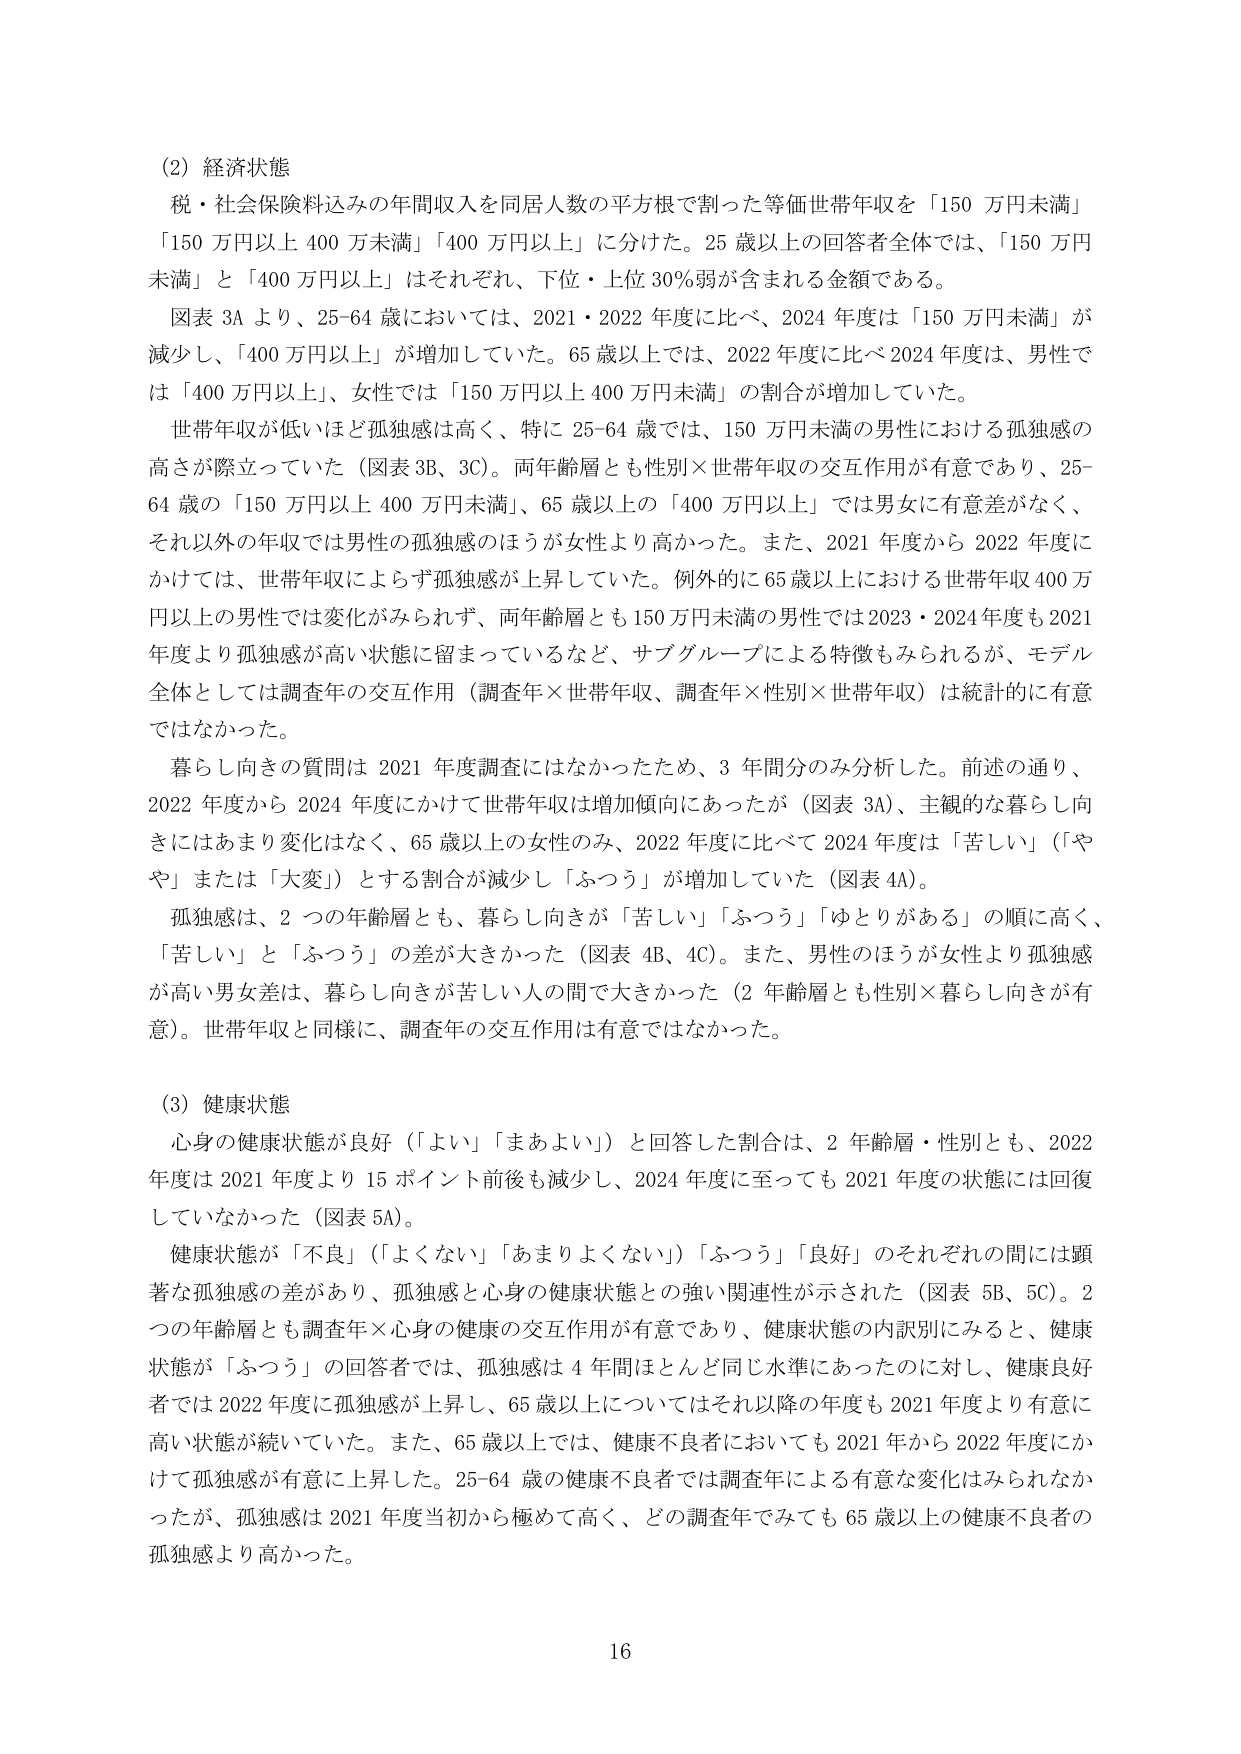
(2) 経済状態
税・社会保険料込みの年間収入を同居人数の平方根で割った等価世帯年収を「150 万円未満」「150 万円以上 400 万未満」「400 万円以上」に分けた。25 歳以上の回答者全体では、「150 万円未満」と「400 万円以上」はそれぞれ、下位・上位 30%弱が含まれる金額である。
図表 3A より、25-64 歳においては、2021・2022 年度に比べ、2024 年度は「150 万円未満」が減少し、「400 万円以上」が増加していた。65 歳以上では、2022 年度に比べ 2024 年度は、男性では「400 万円以上」、女性では「150 万円以上 400 万円未満」の割合が増加していた。
世帯年収が低いほど孤独感は高く、特に 25-64 歳では、150 万円未満の男性における孤独感の高さが際立っていた（図表 3B、3C）。両年齢層とも性別×世帯年収の交互作用が有意であり、25-64 歳の「150 万円以上 400 万円未満」、65 歳以上の「400 万円以上」では男女に有意差がなく、それ以外の年収では男性の孤独感のほうが女性より高かった。また、2021 年度から 2022 年度にかけては、世帯年収によらず孤独感が上昇していた。例外的に 65 歳以上における世帯年収 400 万円以上の男性では変化がみられず、両年齢層とも 150 万円未満の男性では 2023・2024 年度も 2021 年度より孤独感が高い状態に留まっているなど、サブグループによる特徴もみられるが、モデル全体としては調査年の交互作用（調査年×世帯年収、調査年×性別×世帯年収）は統計的に有意ではなかった。
暮らし向きの質問は 2021 年度調査にはなかったため、3 年間分のみ分析した。前述の通り、2022 年度から 2024 年度にかけて世帯年収は増加傾向にあったが（図表 3A）、主観的な暮らし向きにはあまり変化はなく、65 歳以上の女性のみ、2022 年度に比べて 2024 年度は「苦しい」（「やや」または「大変」）とする割合が減少し「ふつう」が増加していた（図表 4A）。
孤独感は、2 つの年齢層とも、暮らし向きが「苦しい」「ふつう」「ゆとりがある」の順に高く、「苦しい」と「ふつう」の差が大きかった（図表 4B、4C）。また、男性のほうが女性より孤独感が高い男女差は、暮らし向きが苦しい人の間で大きかった（2 年齢層とも性別×暮らし向きが有意）。世帯年収と同様に、調査年の交互作用は有意ではなかった。

(3) 健康状態
心身の健康状態が良好（「よい」「まあよい」）と回答した割合は、2 年齢層・性別とも、2022 年度は 2021 年度より 15 ポイント前後も減少し、2024 年度に至っても 2021 年度の状態には回復していなかった（図表 5A）。
健康状態が「不良」（「よくない」「あまりよくない」）「ふつう」「良好」のそれぞれの間には顕著な孤独感の差があり、孤独感と心身の健康状態との強い関連性が示された（図表 5B、5C）。2 つの年齢層とも調査年×心身の健康の交互作用が有意であり、健康状態の内訳別にみると、健康状態が「ふつう」の回答者では、孤独感は 4 年間ほとんど同じ水準にあったのに対し、健康良好者では 2022 年度に孤独感が上昇し、65 歳以上についてはそれ以降の年度も 2021 年度より有意に高い状態が続いていた。また、65 歳以上では、健康不良者においても 2021 年から 2022 年度にかけて孤独感が有意に上昇した。25-64 歳の健康不良者では調査年による有意な変化はみられなかったが、孤独感は 2021 年度当初から極めて高く、どの調査年でみても 65 歳以上の健康不良者の孤独感より高かった。

16